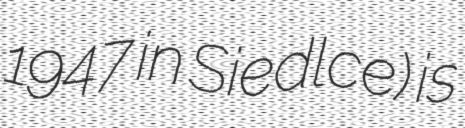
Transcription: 1947 in Siedlce) is